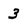
Character: 3